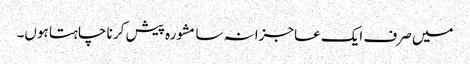
میں صرف ایک عاجزانہ سا مشورہ پیش کر نا چاہتا ہوں۔